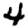
Digit: 4